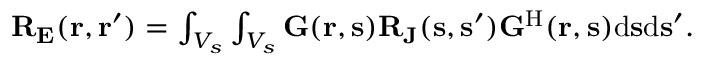
\begin{array} { r } { { \bf R } _ { \bf { E } } ( { \bf { r } } , { \bf { r } } ^ { \prime } ) = \int _ { V _ { s } } \int _ { V _ { s } } { \bf G } ( { \bf r } , { \bf s } ) { \bf R } _ { \bf { J } } ( { \bf { s } } , { \bf { s } } ^ { \prime } ) { \bf G } ^ { \mathrm { H } } ( { \bf r } , { \bf s } ) \mathrm { d } { \bf s } \mathrm { d } { \bf s } ^ { \prime } . } \end{array}